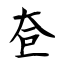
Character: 奆